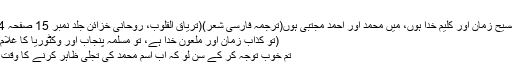
)
میں مسیح زمان اور کلیم خدا ہوں، میں محمد اور احمد مجتبی ہوں(ترجمہ فارسی شعر)(تریاق القلوب، روحانی خزائن جلد نمبر 15 صفحہ 134)
(تو کذاب زمان اور ملعون خدا ہے، تو مسلمہ پنجاب اور وکٹوریا کا غلام ہے)
تم خوب توجہ کر کے سُن لو کہ اب اسم محمد کی تجلّی ظاہر کرنے کا وقت نہیں۔